65_HS1-834228961_62-HQ-83894_Serial_164
Agency: FBI
Page 55
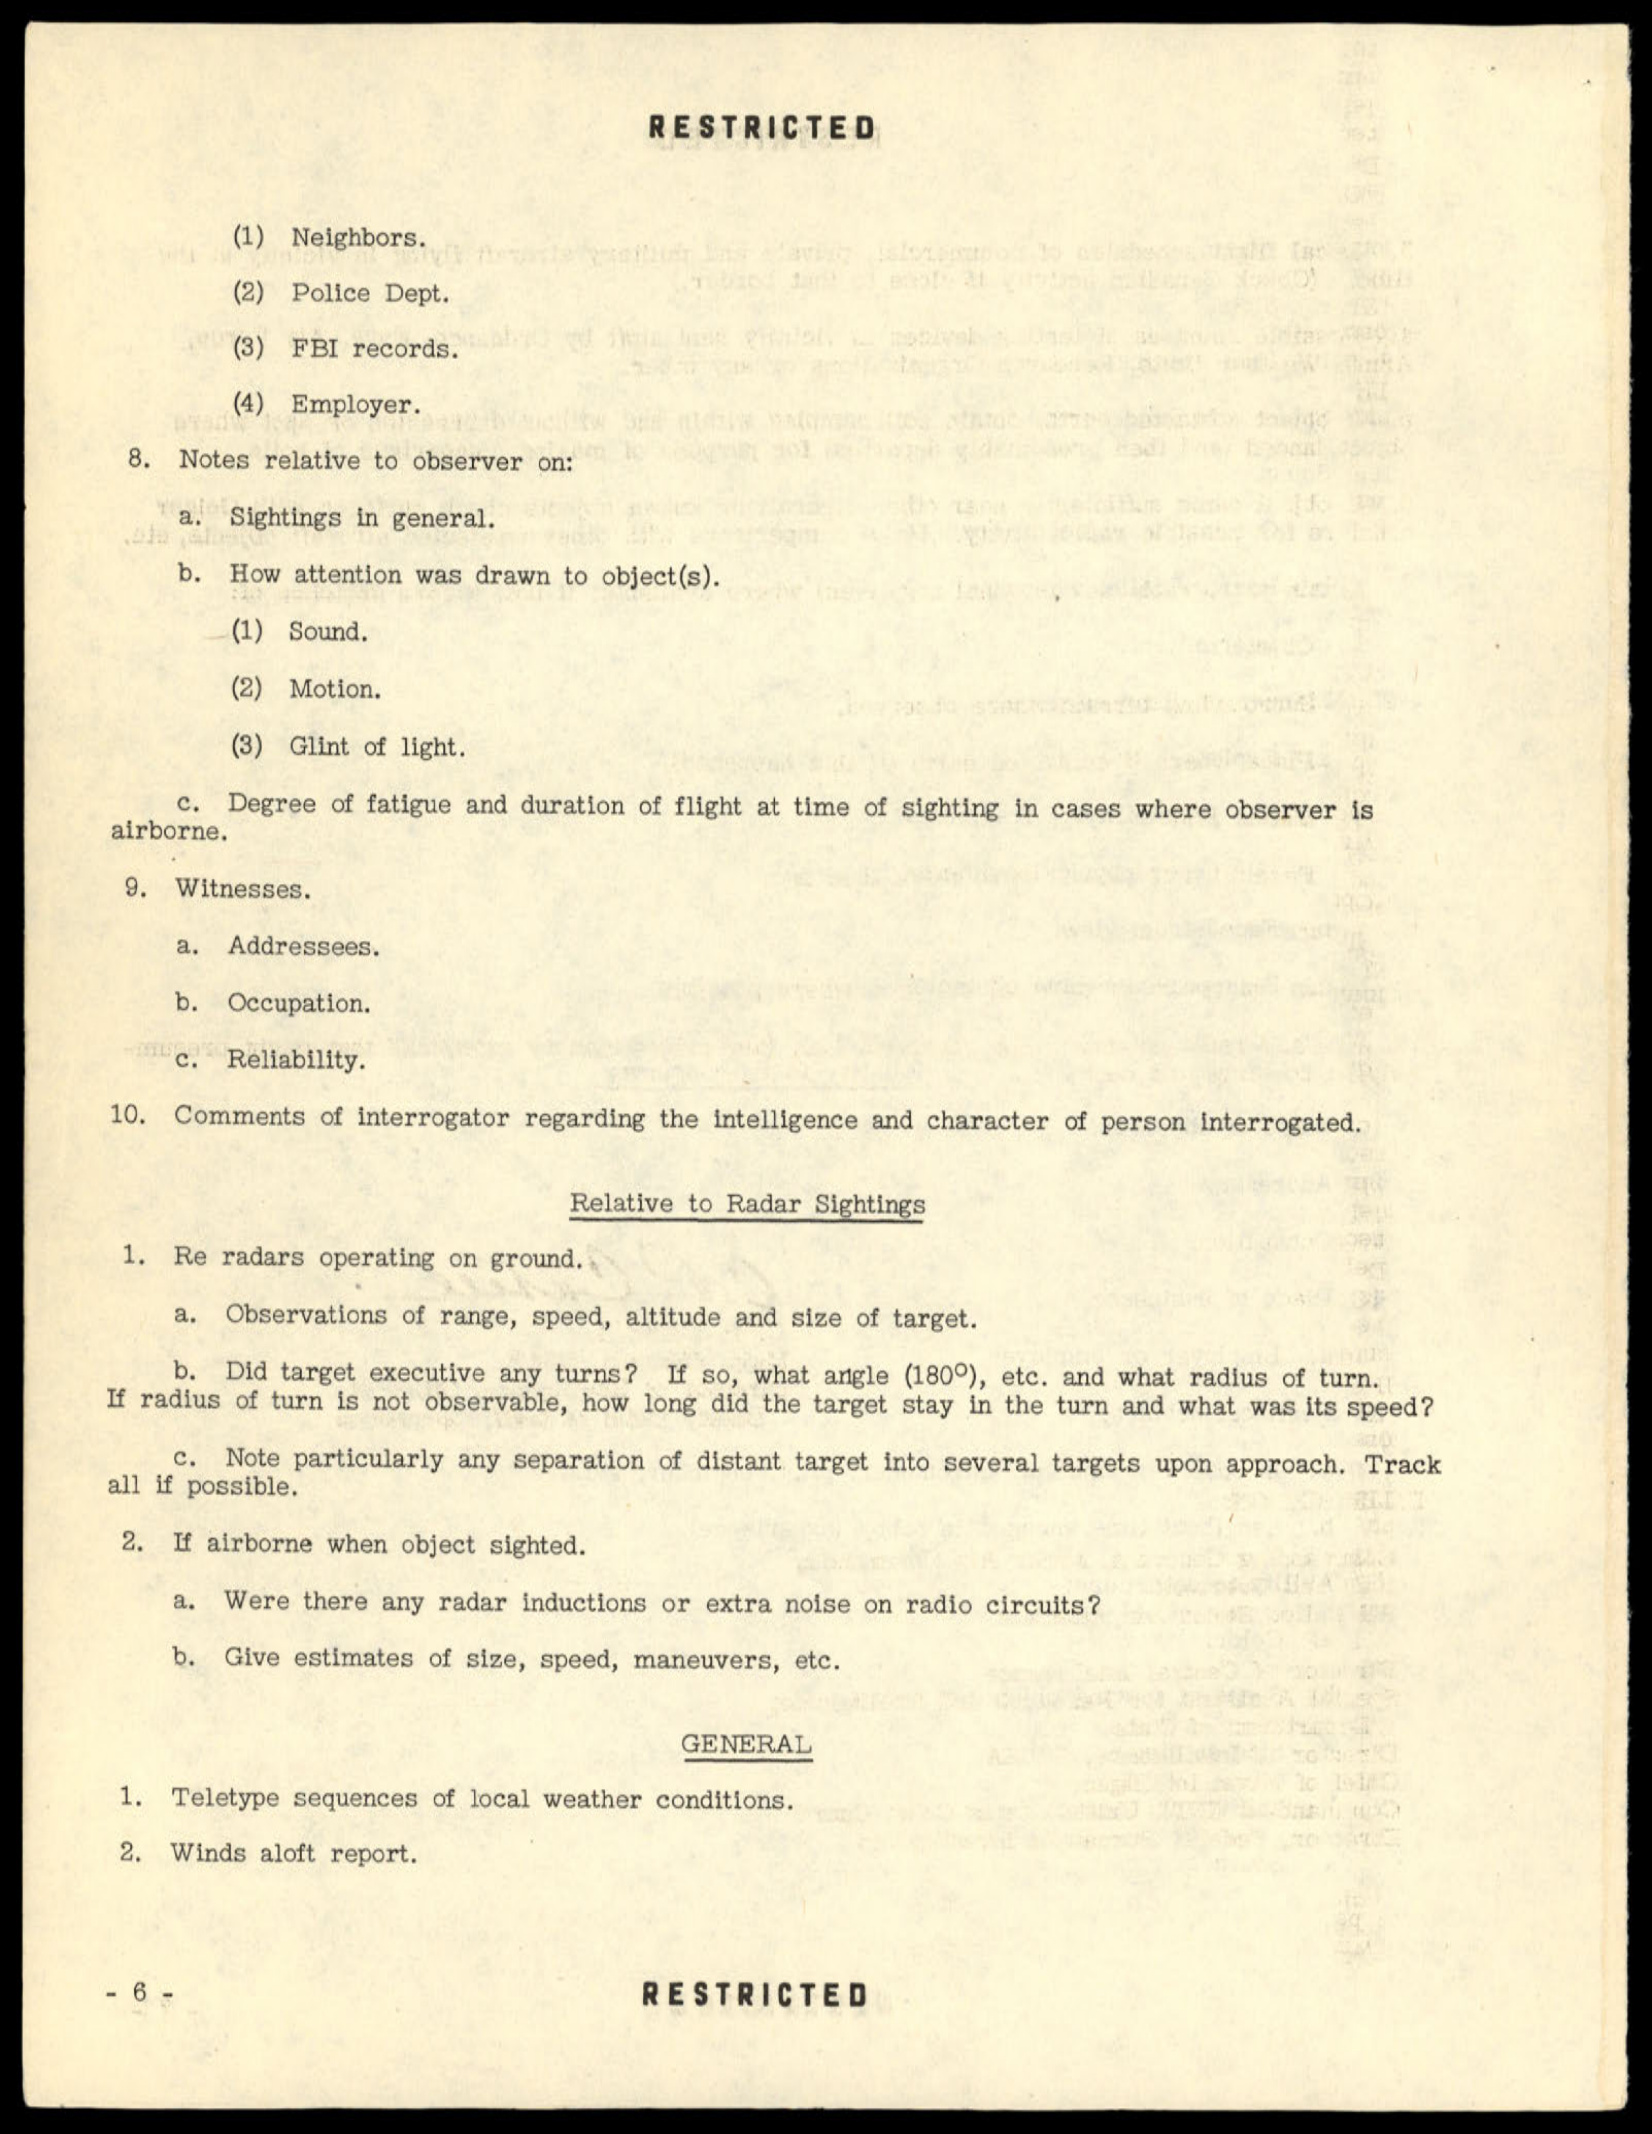